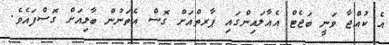
އެ ކުއްޖާ ވަނީ ބަޖެޓް އެއާލައިންގައި ޕާރތްއަށް ގޮސް އެތަނުން ބާލިއަށް ގޮސްފައެވެ.